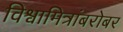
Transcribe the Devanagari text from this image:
विश्वामित्रांबरोबर